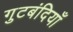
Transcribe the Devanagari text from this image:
गुटबंदियाँ